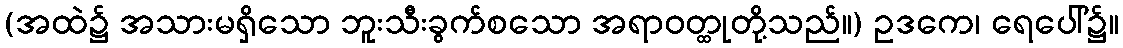
(အထဲ၌ အသားမရှိသော ဘူးသီးခွက်စသော အရာဝတ္ထုတို့သည်။) ဥဒကေ၊ ရေပေါ်၌။